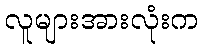
လူများအားလုံးက